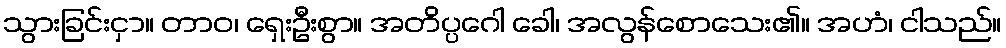
သွားခြင်းငှာ။ တာဝ၊ ရှေးဦးစွာ။ အတိပ္ပဂေါ ခေါ၊ အလွန်စောသေး၏။ အဟံ၊ ငါသည်။